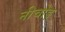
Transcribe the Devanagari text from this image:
नीचोड़